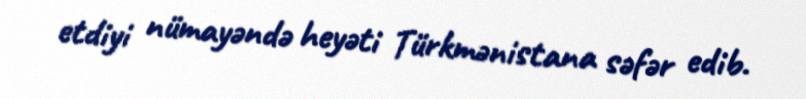
etdiyi nümayəndə heyəti Türkmənistana səfər edib.